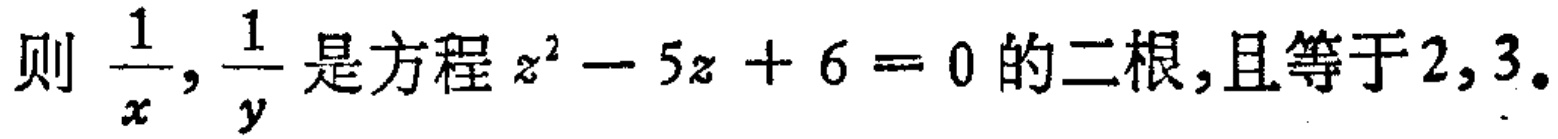
则 \(\frac{1}{x},\frac{1}{y}\) 是方程 \(z^{2}-5z + 6 = 0\) 的二根,且等于 \(2,3\)。